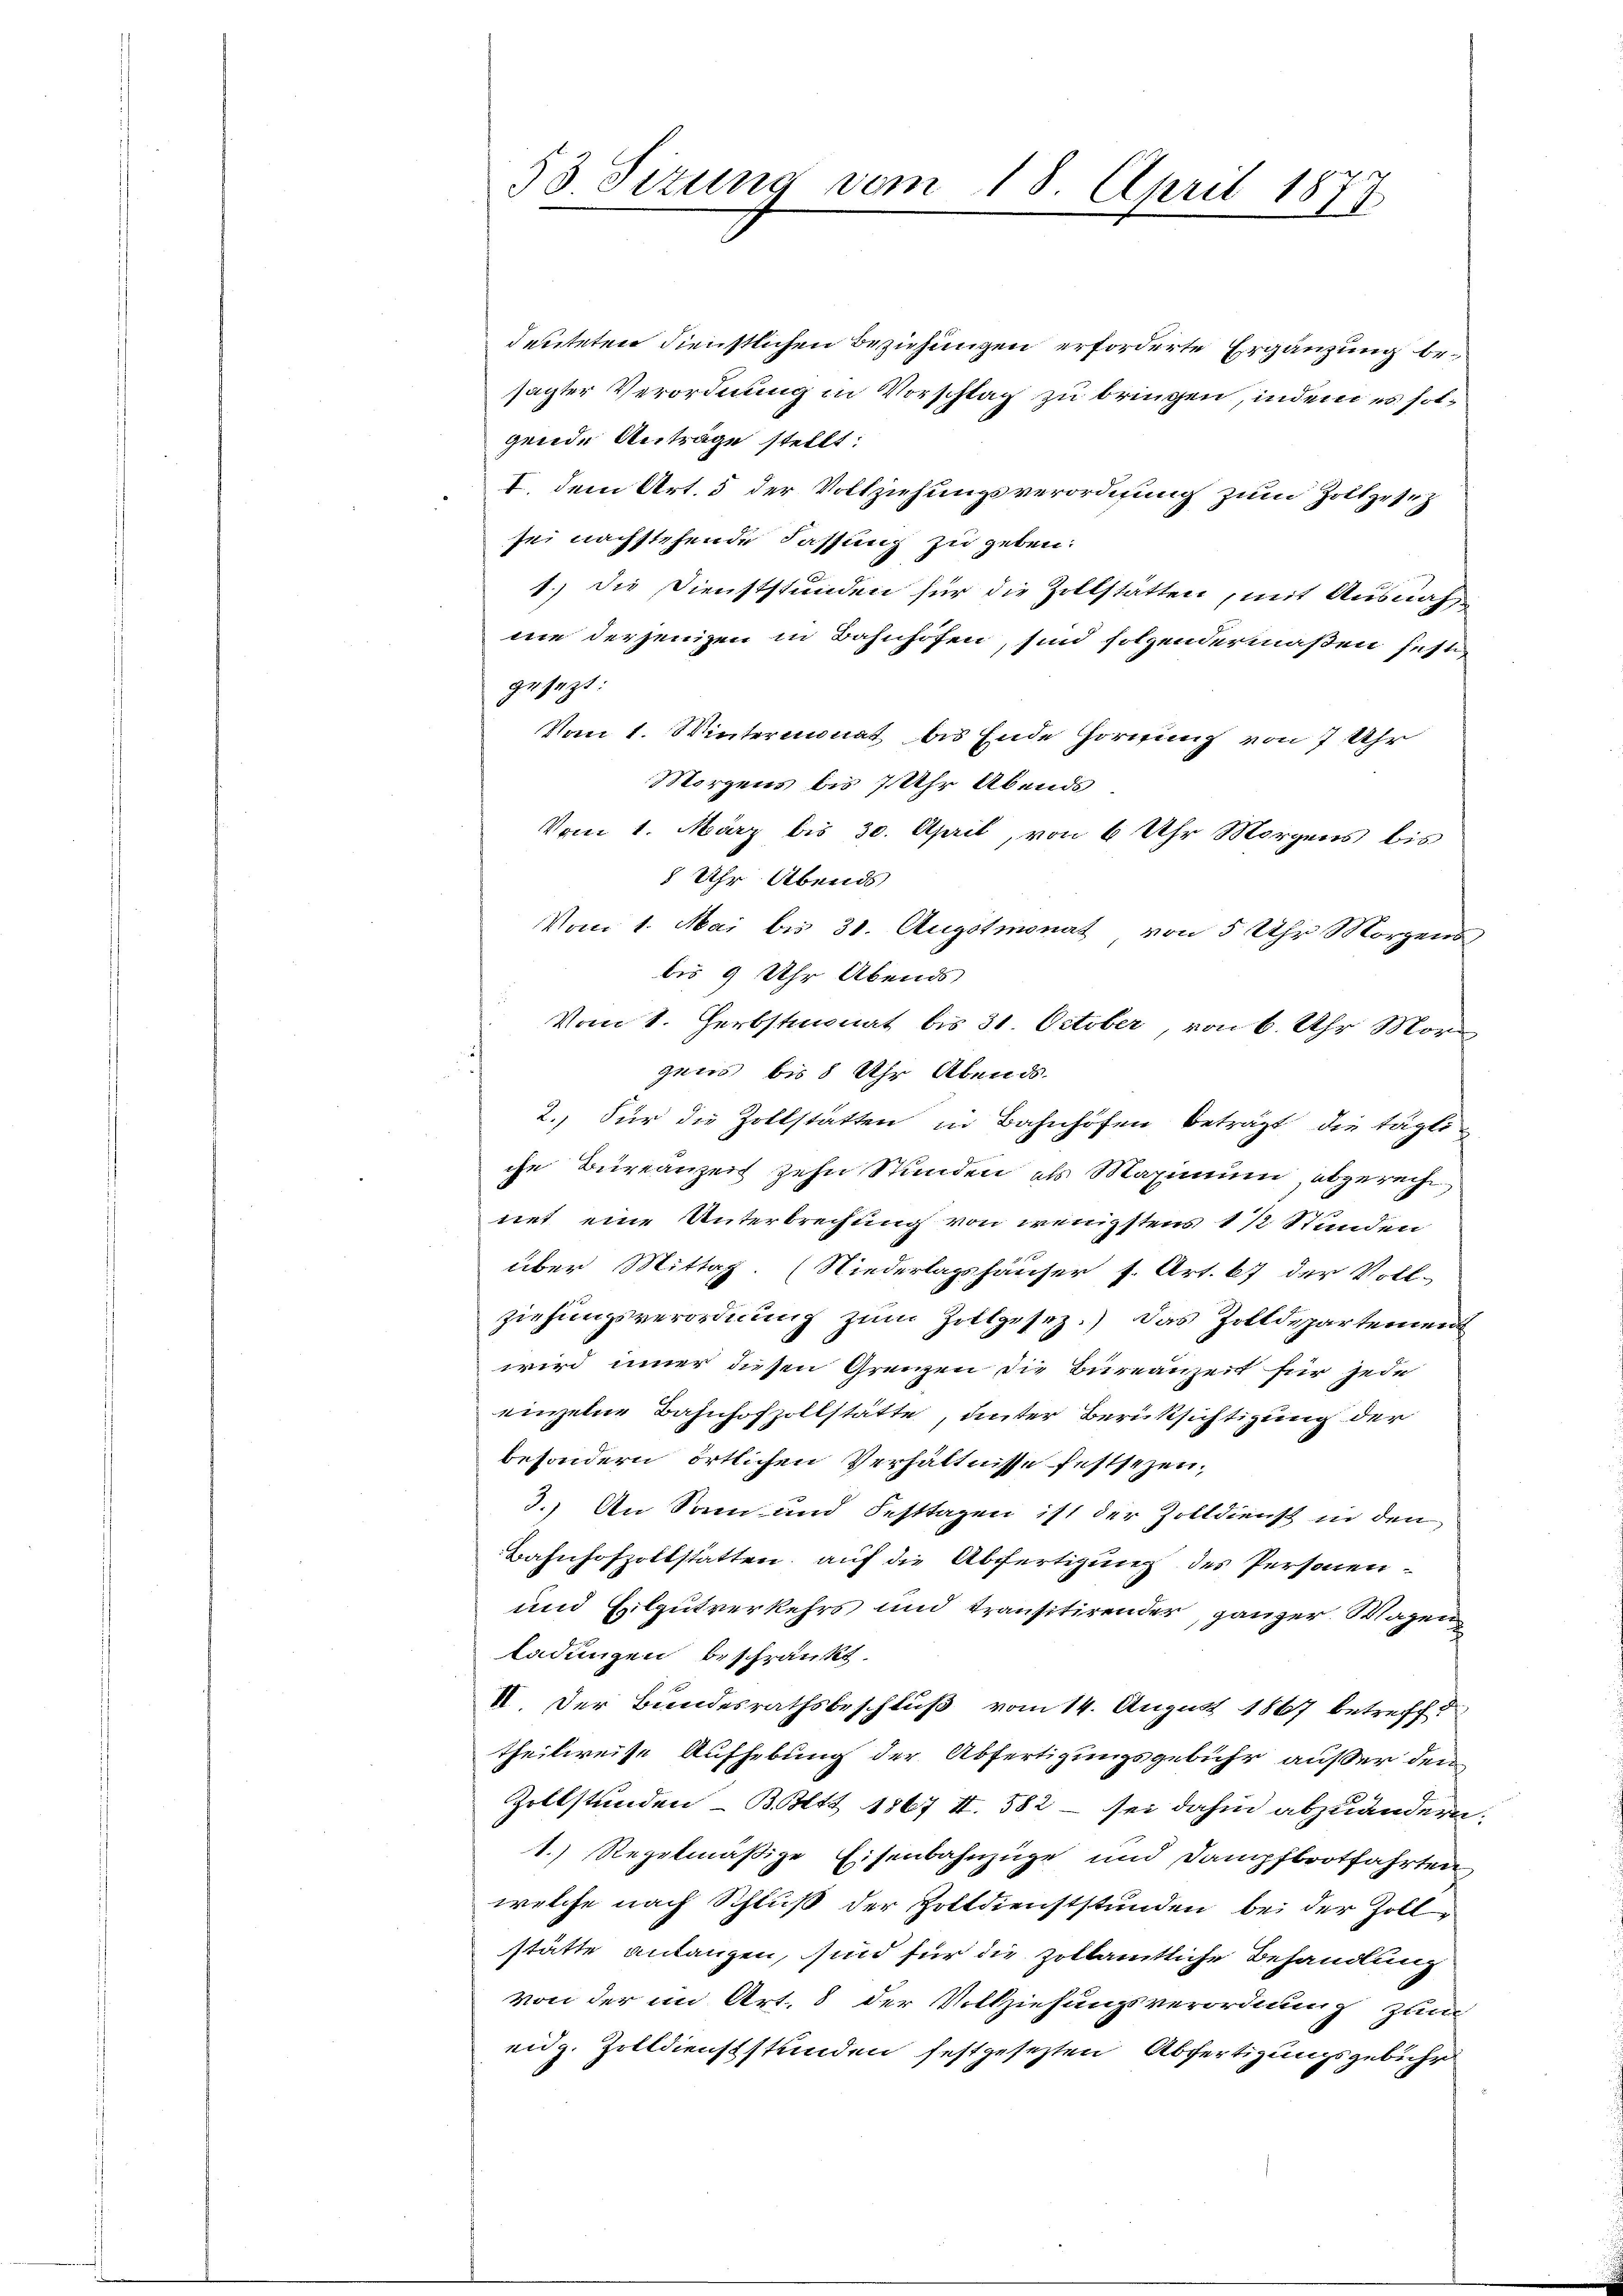
53 Sizung vom 18. April 187
.
t

deuteten dienstlichen Beziehungen erforderte Ergänzung besagter Verordnung in Vorschlag zu bringen, indem es solgende Anträge stellt:
V. dem Art. 5 der Vollziehungsverordnung zum Zoltgesetz
sei nachstehende Fassung zu geben.
1.) Die Dienststunden für die Zollstätten, mit Ausnahme derjenigen in Bahnhofen, sind folgendermaßen festgesezt:
Vom 1. Wintermonat bis Ende Hornung von 7 Uhr
Morgens bis 7 Uhr Abends
Vom 1. März bis 30. April, von 6 Uhr Morgens bis
8 Uhr Abends
Vom 1. Mai bis 31. Augstmonat von 5 Uhr Morgens
bis 9 Uhr Abends
Vom 1. Herbstmonat bis 31. October, von 6. Uhr Morzuers bis 8 Uhr Abends
2.) Für die Zollstatten in Bahnhöfen beträgt die tägli-
che Bureauzeit zehn Stunden als Maximum, abgerecht
net eine Unterbrechung von wenigstens 1 ½ Stunden
über Mittag. (Niederlagshäuser s. Art. 67 der Voll-
ziehungsverordnung zŭm Zollgesez.) Das Zolldepartement
wird inner diesen Grenzen die Bureauzeit für jede
einzelne Bahnhofzollstätte, unter Berücksichtigung der
besondern örtlichen Verhältnisse festsezen,
3.) An Sonn- und Festtagen ist der Zolldienst in den
Bahnhofzoltstatten, auf die Abfertigung des Personen-
und Eilgutverkehrs und transitirender, ganzer Wagen
ladungen beschränkt.
II. Der Bundesrathsbeschluß vom 14. August 1867 betreff
theilweise Aufhebung der Abfertigungsgebühr außer den
Zollstunden Bett 1867 II. 582 - sei dahin abzuändern.
1.) Regelmäßige Eisenbahnzüge und Dampfbootfahrten
welche nach Schluß der Zoltdienststunden bei der Zoll-
stätte anlangen, sind für die zollamtliche Behandlung
von der im Art. 8 der Vollziehungsverordnung zum
eidg. Zolldienststunden festgesetzten Abfertigungsgebühr